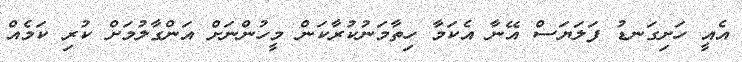
އެއީ ހަށިގަނޑު ފަލަޔަސް އޭނާ އެކަމާ ހިތާމަނުކުރާކަން މީހުންނަށް އަންގާލުމަށް ކުރި ކަމެއް